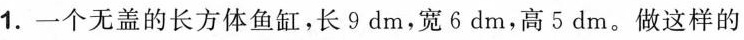
1.一个无盖的长方体鱼缸，长9dm，宽6dm，高5dm。做这样的